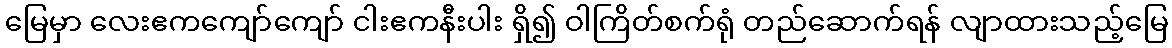
မြေမှာ လေးဧကကျော်ကျော် ငါးဧကနီးပါး ရှိ၍ ဝါကြိတ်စက်ရုံ တည်ဆောက်ရန် လျာထားသည့်မြေ